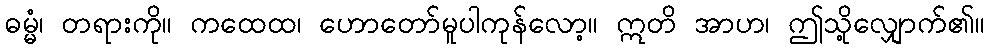
ဓမ္မံ၊ တရားကို။ ကထေထ၊ ဟောတော်မူပါကုန်လော့။ ဣတိ အာဟ၊ ဤသို့လျှောက်၏။